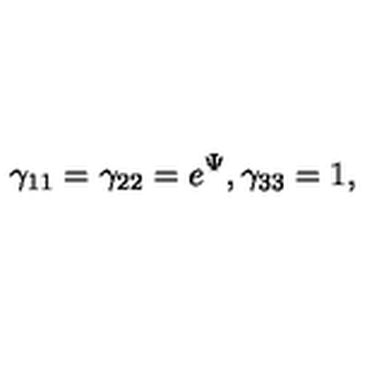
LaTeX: { \gamma } _ { 1 1 } = { \gamma } _ { 2 2 } = e ^ { \Psi } , { \gamma } _ { 3 3 } = 1 ,